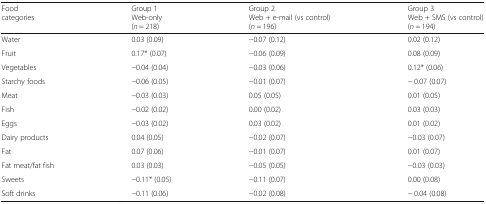
<table><thead><tr><td><b>Food categories</b></td><td><b>Group 1Web-only(<i>n</i> = 218)</b></td><td><b>Group 2Web + e-mail (vs control)(<i>n</i> = 196)</b></td><td><b>Group 3Web + SMS (vs control)(<i>n</i> = 194)</b></td></tr></thead><tbody><tr><td>Water</td><td>0.03 (0.09)</td><td>−0.07 (0.12)</td><td>0.02 (0.12)</td></tr><tr><td>Fruit</td><td>0.17* (0.07)</td><td>−0.06 (0.09)</td><td>0.08 (0.09)</td></tr><tr><td>Vegetables</td><td>−0.04 (0.04)</td><td>−0.03 (0.06)</td><td>0.12* (0.06)</td></tr><tr><td>Starchy foods</td><td>−0.06 (0.05)</td><td>−0.01 (0.07)</td><td>− 0.07 (0.07)</td></tr><tr><td>Meat</td><td>−0.03 (0.03)</td><td>0.05 (0.05)</td><td>0.01 (0.05)</td></tr><tr><td>Fish</td><td>−0.02 (0.02)</td><td>0.00 (0.02)</td><td>0.03 (0.03)</td></tr><tr><td>Eggs</td><td>−0.03 (0.02)</td><td>0.03 (0.02)</td><td>0.01 (0.02)</td></tr><tr><td>Dairy products</td><td>0.04 (0.05)</td><td>−0.02 (0.07)</td><td>−0.03 (0.07)</td></tr><tr><td>Fat</td><td>0.07 (0.06)</td><td>−0.01 (0.07)</td><td>0.01 (0.07)</td></tr><tr><td>Fat meat/fat fish</td><td>0.03 (0.03)</td><td>−0.05 (0.05)</td><td>−0.03 (0.03)</td></tr><tr><td>Sweets</td><td>−0.11* (0.05)</td><td>−0.11 (0.07)</td><td>0.00 (0.08)</td></tr><tr><td>Soft drinks</td><td>−0.11 (0.06)</td><td>−0.02 (0.08)</td><td>− 0.04 (0.08)</td></tr></tbody></table>